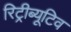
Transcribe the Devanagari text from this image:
रिट्रीब्यूटिव